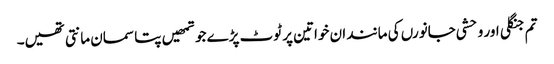
تم جنگلی اور وحشی جانورں کی مانند ان خواتین پر ٹوٹ پڑے جو تمھیں پتا سمان مانتی تھیں۔